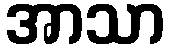
အာသာ